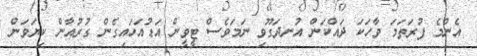
އެންމެ ފުރަތަމަ ވާހަކަ ދައްކަން އުނދަގޫވި ނަމަވެސް ޓީވީން އަޑުއަހައިގެން ގުރުއާން ކިޔަވަން